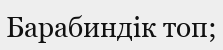
Барабиндік топ;